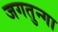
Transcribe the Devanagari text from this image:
जगतुन्गा